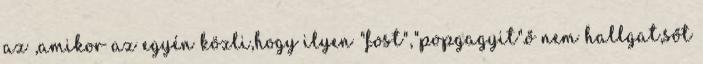
az ,amikor az egyén közli,hogy ilyen "fost","popgagyit".ő nem hallgat,sőt